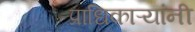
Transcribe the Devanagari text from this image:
प्राधिकाऱ्यांनी